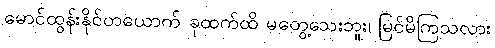
မောင်ထွန်းနိုင်တယောက် ခုထက်ထိ မတွေ့သေးဘူး၊ မြင်မိကြသလား